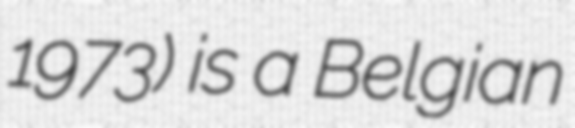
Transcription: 1973) is a Belgian